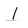
Character: l